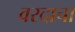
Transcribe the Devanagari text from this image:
वरदाचा